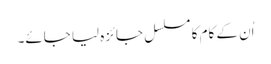
اُن کے کام کا مسلسل جائزہ لیا جائے۔